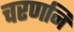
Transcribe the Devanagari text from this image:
चरणनि